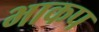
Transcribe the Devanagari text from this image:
भाकप